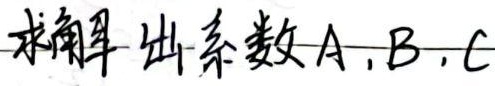
求解出系数A, B, C